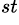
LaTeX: ^{st}